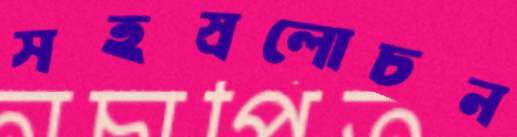
সহস্রলোচন